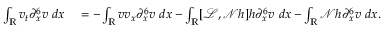
\begin{array} { r l } { \int _ { \mathbb R } v _ { t } \partial _ { x } ^ { 6 } v \ d x } & { { } = - \int _ { \mathbb R } v v _ { x } \partial _ { x } ^ { 6 } v \ d x - \int _ { \mathbb R } [ \mathscr { L } , \mathscr { N } h ] h \partial _ { x } ^ { 6 } v \ d x - \int _ { \mathbb R } \mathscr { N } h \partial _ { x } ^ { 6 } v \ d x . } \end{array}